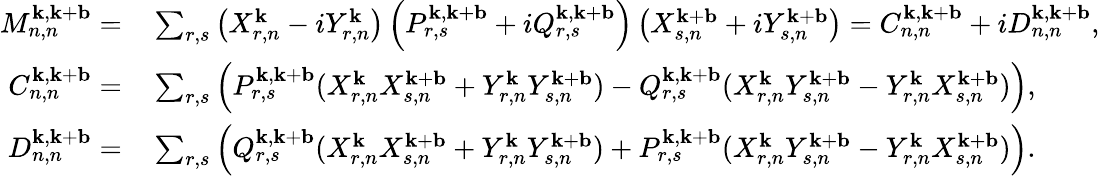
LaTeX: \begin{array}{rl}{M_{n,n}^{\mathbf{k},\mathbf{k}+\mathbf{b}}=}&{{}\sum_{r,s}\left(X_{r,n}^{\mathbf{k}}-iY_{r,n}^{\mathbf{k}}\right)\left(P_{r,s}^{\mathbf{k},\mathbf{k}+\mathbf{b}}+iQ_{r,s}^{\mathbf{k},\mathbf{k}+\mathbf{b}}\right)\left(X_{s,n}^{\mathbf{k}+\mathbf{b}}+iY_{s,n}^{\mathbf{k}+\mathbf{b}}\right)=C_{n,n}^{\mathbf{k},\mathbf{k}+\mathbf{b}}+iD_{n,n}^{\mathbf{k},\mathbf{k}+\mathbf{b}},}\\ {C_{n,n}^{\mathbf{k},\mathbf{k}+\mathbf{b}}=}&{{}\sum_{r,s}\left(P_{r,s}^{\mathbf{k},\mathbf{k}+\mathbf{b}}(X_{r,n}^{\mathbf{k}}X_{s,n}^{\mathbf{k}+\mathbf{b}}+Y_{r,n}^{\mathbf{k}}Y_{s,n}^{\mathbf{k}+\mathbf{b}})-Q_{r,s}^{\mathbf{k},\mathbf{k}+\mathbf{b}}(X_{r,n}^{\mathbf{k}}Y_{s,n}^{\mathbf{k}+\mathbf{b}}-Y_{r,n}^{\mathbf{k}}X_{s,n}^{\mathbf{k}+\mathbf{b}})\right),}\\ {D_{n,n}^{\mathbf{k},\mathbf{k}+\mathbf{b}}=}&{{}\sum_{r,s}\left(Q_{r,s}^{\mathbf{k},\mathbf{k}+\mathbf{b}}(X_{r,n}^{\mathbf{k}}X_{s,n}^{\mathbf{k}+\mathbf{b}}+Y_{r,n}^{\mathbf{k}}Y_{s,n}^{\mathbf{k}+\mathbf{b}})+P_{r,s}^{\mathbf{k},\mathbf{k}+\mathbf{b}}(X_{r,n}^{\mathbf{k}}Y_{s,n}^{\mathbf{k}+\mathbf{b}}-Y_{r,n}^{\mathbf{k}}X_{s,n}^{\mathbf{k}+\mathbf{b}})\right).}\end{array}